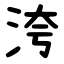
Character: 洿